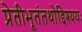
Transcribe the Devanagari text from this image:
प्रेतीभूतंतथोद्दिश्ययः